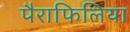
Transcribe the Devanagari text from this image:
पैराफिलिया